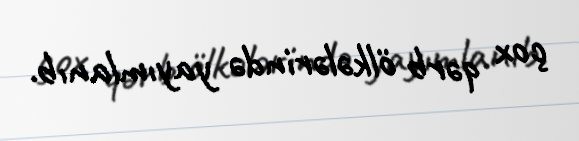
çox qərb ölkələrində yayımlanıb.